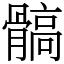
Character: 髇